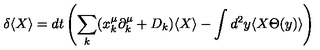
\delta \langle X \rangle = d t \left( \sum _ { k } ( x _ { k } ^ { \mu } \partial _ { k } ^ { \mu } + D _ { k } ) \langle X \rangle - \int d ^ { 2 } y \langle X \Theta ( y ) \rangle \right)